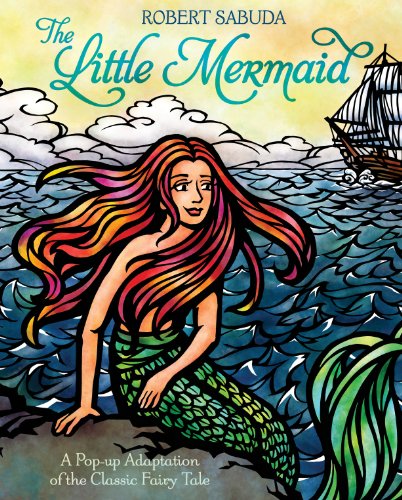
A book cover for The Little Mermaid (Pop-Up Classics); Robert Sabuda; Children's Books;